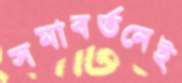
সমাবর্তনেই